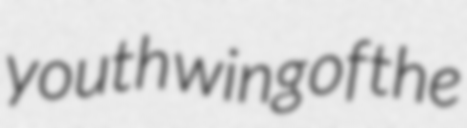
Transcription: youth wing of the